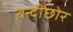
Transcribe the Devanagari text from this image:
बन्दीछोर